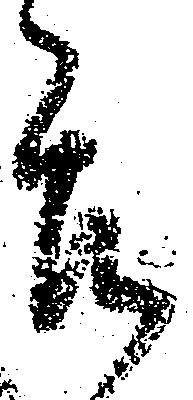
畏